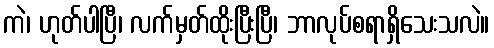
ကဲ၊ ဟုတ်ပါပြီ၊ လက်မှတ်ထိုးပြီးပြီ၊ ဘာလုပ်စရာရှိသေးသလဲ။